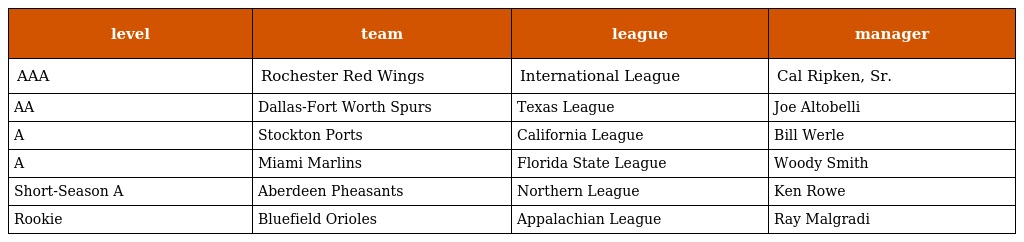
| level | team | league | manager |
 | --- | --- | --- | --- |
 | AAA | Rochester Red Wings | International League | Cal Ripken, Sr. |
 | AA | Dallas-Fort Worth Spurs | Texas League | Joe Altobelli |
 | A | Stockton Ports | California League | Bill Werle |
 | A | Miami Marlins | Florida State League | Woody Smith |
 | Short-Season A | Aberdeen Pheasants | Northern League | Ken Rowe |
 | Rookie | Bluefield Orioles | Appalachian League | Ray Malgradi |